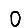
Digit: 0